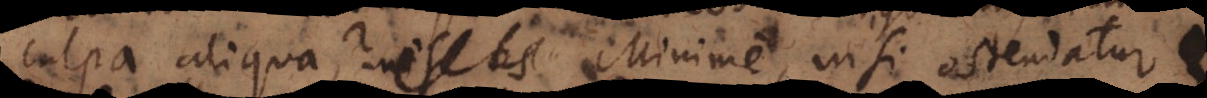
culpa aliqua, nisi os? Minime, nisi ostendatur